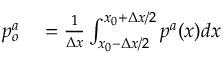
\begin{array} { r l } { p _ { o } ^ { a } } & { { } = \frac { 1 } { \Delta x } \int _ { x _ { 0 } - \Delta x / 2 } ^ { x _ { 0 } + \Delta x / 2 } p ^ { a } ( x ) d x } \end{array}